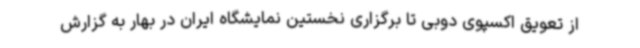
از تعویق اکسپوی دوبی تا برگزاری نخستین نمایشگاه ایران در بهار به گزارش